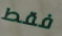
فقط